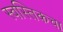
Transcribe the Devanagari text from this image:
स्वस्तिकचा